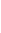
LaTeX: \! \! \! \! \! \! \! \! \! \! \! \Gamma\! \! \! \! \! \! \! \! \! \! \! \! ^{\! \! \! \! \! \! \! \! \! \! \! \! \pm}\! \! \! \! \! \! \! \! \! \! \! \! =\! \! \! \! \! \! \! \! \! \! \! \! \{ \mathcal{Z}\! \! \! \! \! \! \! \! \! \! \! \! (\! \! \! \! \! \! \! \! \! \! \! \! \mathbf{{x}}\! \! \! \! \! \! \! \! \! \! \! \! )\! \! \! \! \! \! \! \! \! \! \! \! ,\! \! \! \! \! \! \! \! \! \! \! \! ,\! \! \! \! \! \! \! \! \! \! \! \! \! \! \! \! \! \! \! \! \! \! \! \! \mathbf{{x}}\! \! \! \! \! \! \! \! \! \! \! \! \in\! \! \! \! \! \! \! \! \! \! \! \! \! \! \! \! \! \! \! \! \! \! \! \! \partial\! \! \! \! \! \! \! \! \! \! \! \! B\! \! \! \! \! \! \! \! \! \! \! \! _{r}\! \! \! \! \! \! \! \! \! \! \! \! (\! \! \! \! \! \! \! \! \! \! \! \! \mathbf{{x}}\! \! \! \! \! \! \! \! \! \! \! \! _{\! }\! \! \! \! \! \! \! \! \! \! \! 0\! \! \! \! \! \! \! \! \! \! \! \! )\! \! \! \! \! \! \! \! \! \! \! \! \cap\! \! \! \! \! \! \! \! \! \! \! \! \Sigma\! \! \! \! \! \! \! \! \! \! \! \! ^{\! \! \! \! \! \! \! \! \! \! \! \! \pm}\! \! \! \! \! \! \! \! \! \! \! \! \} \! \! \! \! \! \! \! \! \! \! \!